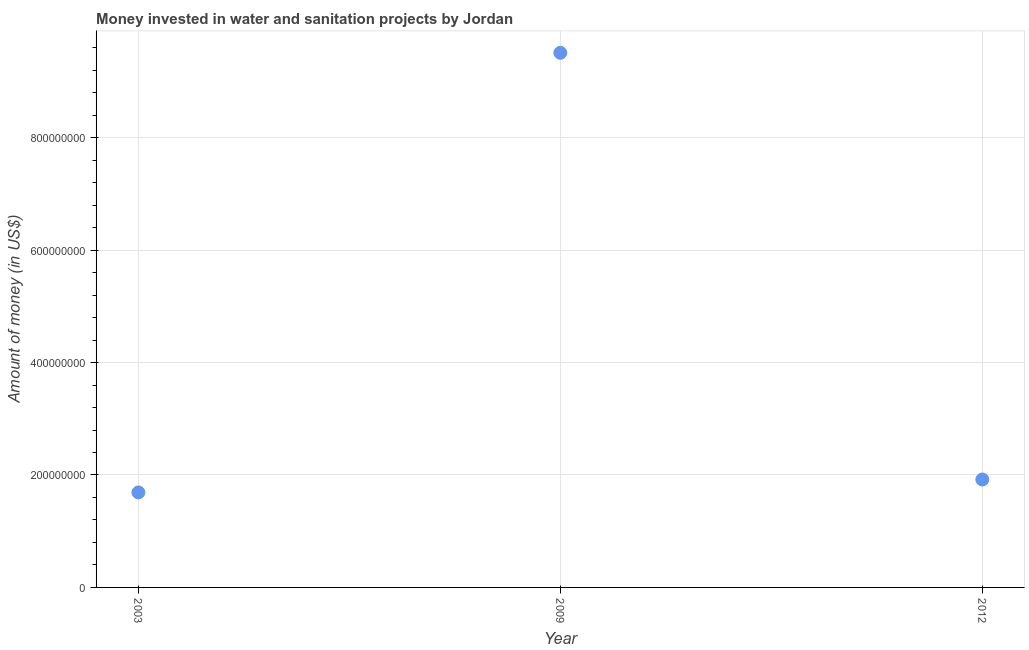
| Year | Investment |
 | --- | --- |
 | 2003 | 1.69e+08 |
 | 2009 | 9.51e+08 |
 | 2012 | 1.92e+08 |